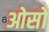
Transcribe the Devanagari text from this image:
ओसो